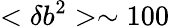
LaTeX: <\delta b^{2}>\sim 100